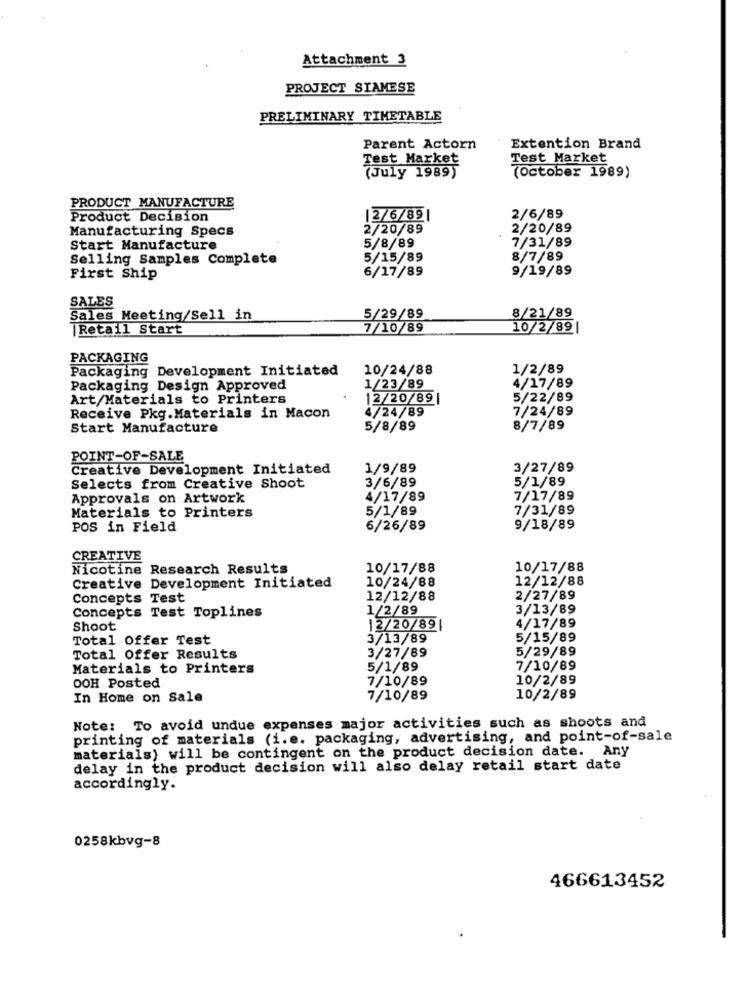
Attachment 3
PROJECT SIAMESE
PRELIMINARY TIMETABLE
Parent Actorn
Extention Brand
Test Market
Test Market
(July 1989)
(October 1989)
PRODUCT MANUFACTURE
Product Decision
12/6/89|
2/6/89
Manufacturing Specs
2/20/89
2/20/89
5/8/89
Start Manufacture
7/31/89
Selling Samples Complete
5/15/89
8/7/89
6/17/89
9/19/89
First Ship
SALES
Sales Meeting/Sell in
5/29/89
8/21/89
Retail Start
7/10/89
10/2/89
PACKAGING
Packaging Development Initiated
10/24/88
1/2/89
Packaging Design Approved
1/23/89
4/17/89
Art/Materials to Printers
12/20/89|
5/22/89
4/24/89
7/24/89
Receive Pkg. Materials in Macon
Start Manufacture
5/8/89
8/7/89
POINT-OF-SALE
Creative Development Initiated
1/9/89
3/27/89
3/6/89
5/1/89
Selects from Creative Shoot
Approvals on Artwork
4/17/89
7/17/89
5/1/89
7/31/89
Materials to Printers
POS in Field
6/26/89
9/18/89
CREATIVE
Nicotine Research Results
10/17/88
10/17/88
10/24/88
12/12/88
Creative Development Initiated
Concepts Test
12/12/88
2/27/89
Concepts Test Toplines
1/2/89
3/13/89
4/17/89
Shoot
12/20/89|
Total Offer Test
3/13/89
5/15/89
3/27/89
5/29/89
Total Offer Results
Materials to Printers
5/1/89
7/10/89
7/10/89
10/2/89
OOH Posted
In Home on Sale
7/10/89
10/2/89
Note: To avoid undue expenses major activities such as shoots and
printing of materials (i.e. packaging, advertising, and point-of-sale
materials) will be contingent on the product decision date. Any
delay in the product decision will also delay retail start date
accordingly.
0258kbvg-8
466613452